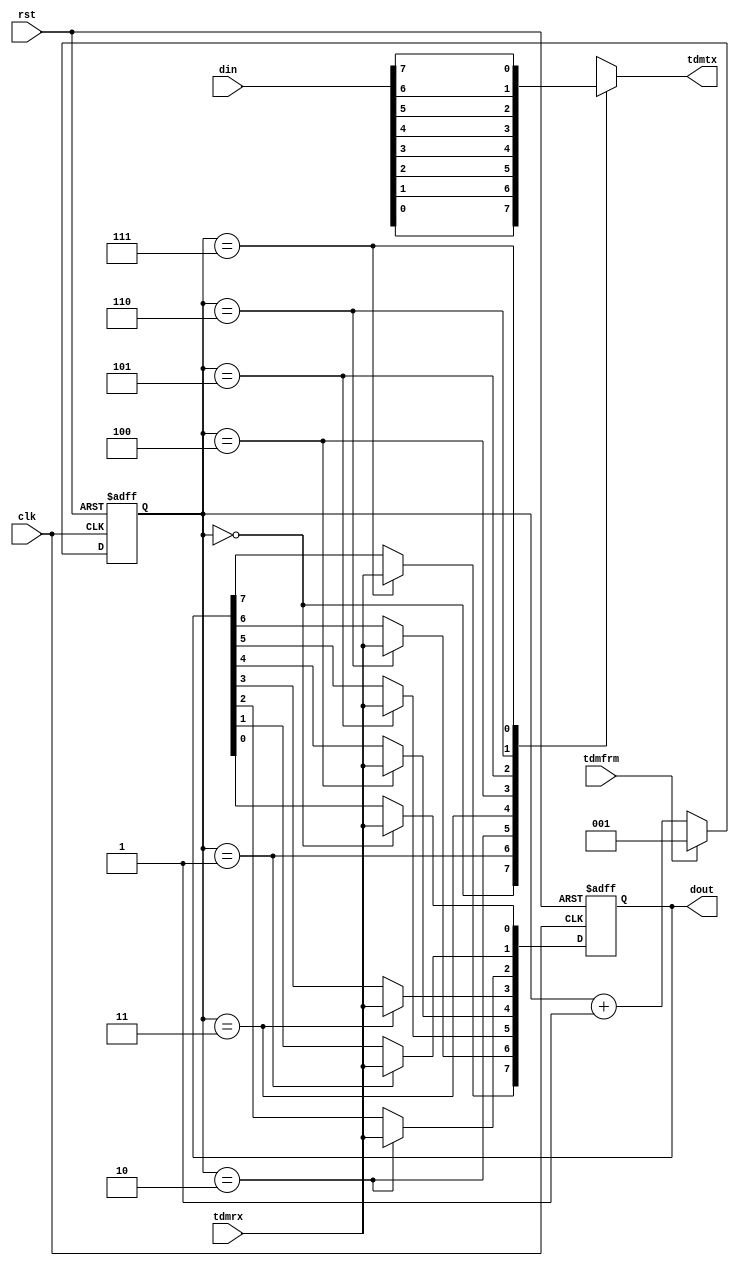
module tdm_slave_if(
	clk, rst, tdmfrm, tdmrx, tdmtx,
	din, dout
);

//
// I/O ports
//

//
// Global signals
//
input		clk;
input 		rst;

//
// External CPLD signals
//
input		tdmfrm;
input		tdmrx;
output		tdmtx;

//
// Internal demuxed 8-bit buses
//
input	[7:0]	din;
output	[7:0]	dout;

//
// Internal regs and wires
//
reg	[2:0]	clk_cnt;
reg	[7:0]	dout;
reg             tdmtx;

//
// Counter for low speed clock and incoming JTAG data slots
// 
always @(posedge clk or posedge rst)
	if (rst)
		clk_cnt <= #1 3'b000;
	else if (tdmfrm)
		clk_cnt <= #1 3'b001;
	else
		clk_cnt <= #1 clk_cnt + 1;

//
// RX Data slot extraction
//
always @(posedge clk or posedge rst)
	if (rst) begin
		dout <= #1 8'b0000_0000;
	end else
	case (clk_cnt[2:0])
		3'd0:	dout[0] <= #1 tdmrx;
		3'd1:	dout[1] <= #1 tdmrx;
		3'd2:	dout[2] <= #1 tdmrx;
		3'd3:	dout[3] <= #1 tdmrx;
		3'd4:	dout[4] <= #1 tdmrx;
		3'd5:	dout[5] <= #1 tdmrx;
		3'd6:	dout[6] <= #1 tdmrx;
		3'd7:	dout[7] <= #1 tdmrx;
	endcase

//
// TX Data slot insertion
//
always @(clk_cnt or din)
	case (clk_cnt[2:0])
		3'd0:	tdmtx = din[0];
		3'd1:	tdmtx = din[1];
		3'd2:	tdmtx = din[2];
		3'd3:	tdmtx = din[3];
		3'd4:	tdmtx = din[4];
		3'd5:	tdmtx = din[5];
		3'd6:	tdmtx = din[6];
		3'd7:	tdmtx = din[7];
	endcase

endmodule